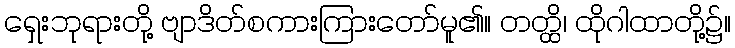
ရှေးဘုရားတို့ ဗျာဒိတ်စကားကြားတော်မူ၏။ တတ္ထိ၊ ထိုဂါထာတို့၌။